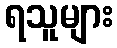
ရသူများ